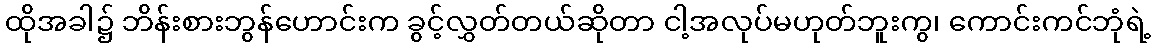
ထိုအခါ၌ ဘိန်းစားဘွန်ဟောင်းက ခွင့်လွှတ်တယ်ဆိုတာ ငါ့အလုပ်မဟုတ်ဘူးကွ၊ ကောင်းကင်ဘုံရဲ့